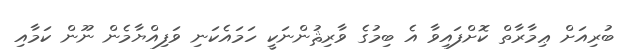
ބުރިއަށް ޢިމާރާތް ކޮށްފައިވާ އެ ބިމުގެ ވާރިޘުންނަކީ ހަމައެކަނި ވަފިއްޔާމެން ނޫން ކަމާއި